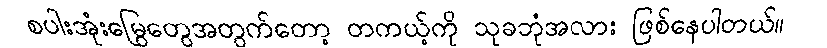
စပါးအုံးမြွေတွေအတွက်တော့ တကယ့်ကို သုခဘုံအလား ဖြစ်နေပါတယ်။